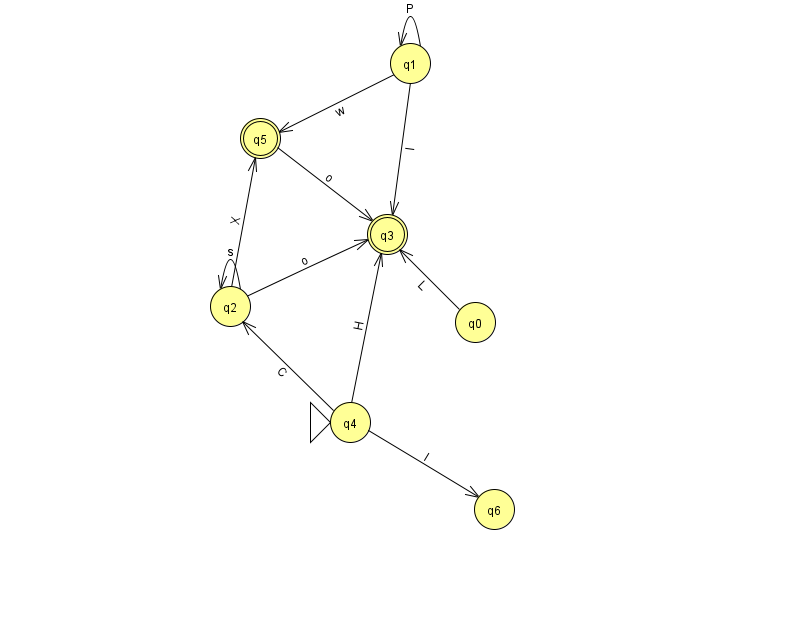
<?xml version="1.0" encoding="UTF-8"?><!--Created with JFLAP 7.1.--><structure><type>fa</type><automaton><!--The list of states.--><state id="0" name="q0"><x>475.0</x><y>309.0</y></state><state id="1" name="q1"><x>410.0</x><y>50.0</y></state><state id="2" name="q2"><x>230.0</x><y>293.0</y></state><state id="3" name="q3"><x>387.0</x><y>221.0</y><final/></state><state id="4" name="q4"><x>350.0</x><y>409.0</y><initial/></state><state id="5" name="q5"><x>260.0</x><y>125.0</y><final/></state><state id="6" name="q6"><x>494.0</x><y>496.0</y></state><!--The list of transitions.--><transition><from>1</from><to>1</to><read>P</read></transition><transition><from>2</from><to>5</to><read>X</read></transition><transition><from>0</from><to>3</to><read>L</read></transition><transition><from>2</from><to>2</to><read>s</read></transition><transition><from>1</from><to>3</to><read>l</read></transition><transition><from>2</from><to>3</to><read>o</read></transition><transition><from>1</from><to>5</to><read>w</read></transition><transition><from>4</from><to>2</to><read>C</read></transition><transition><from>4</from><to>3</to><read>H</read></transition><transition><from>4</from><to>6</to><read>I</read></transition><transition><from>5</from><to>3</to><read>o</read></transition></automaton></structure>